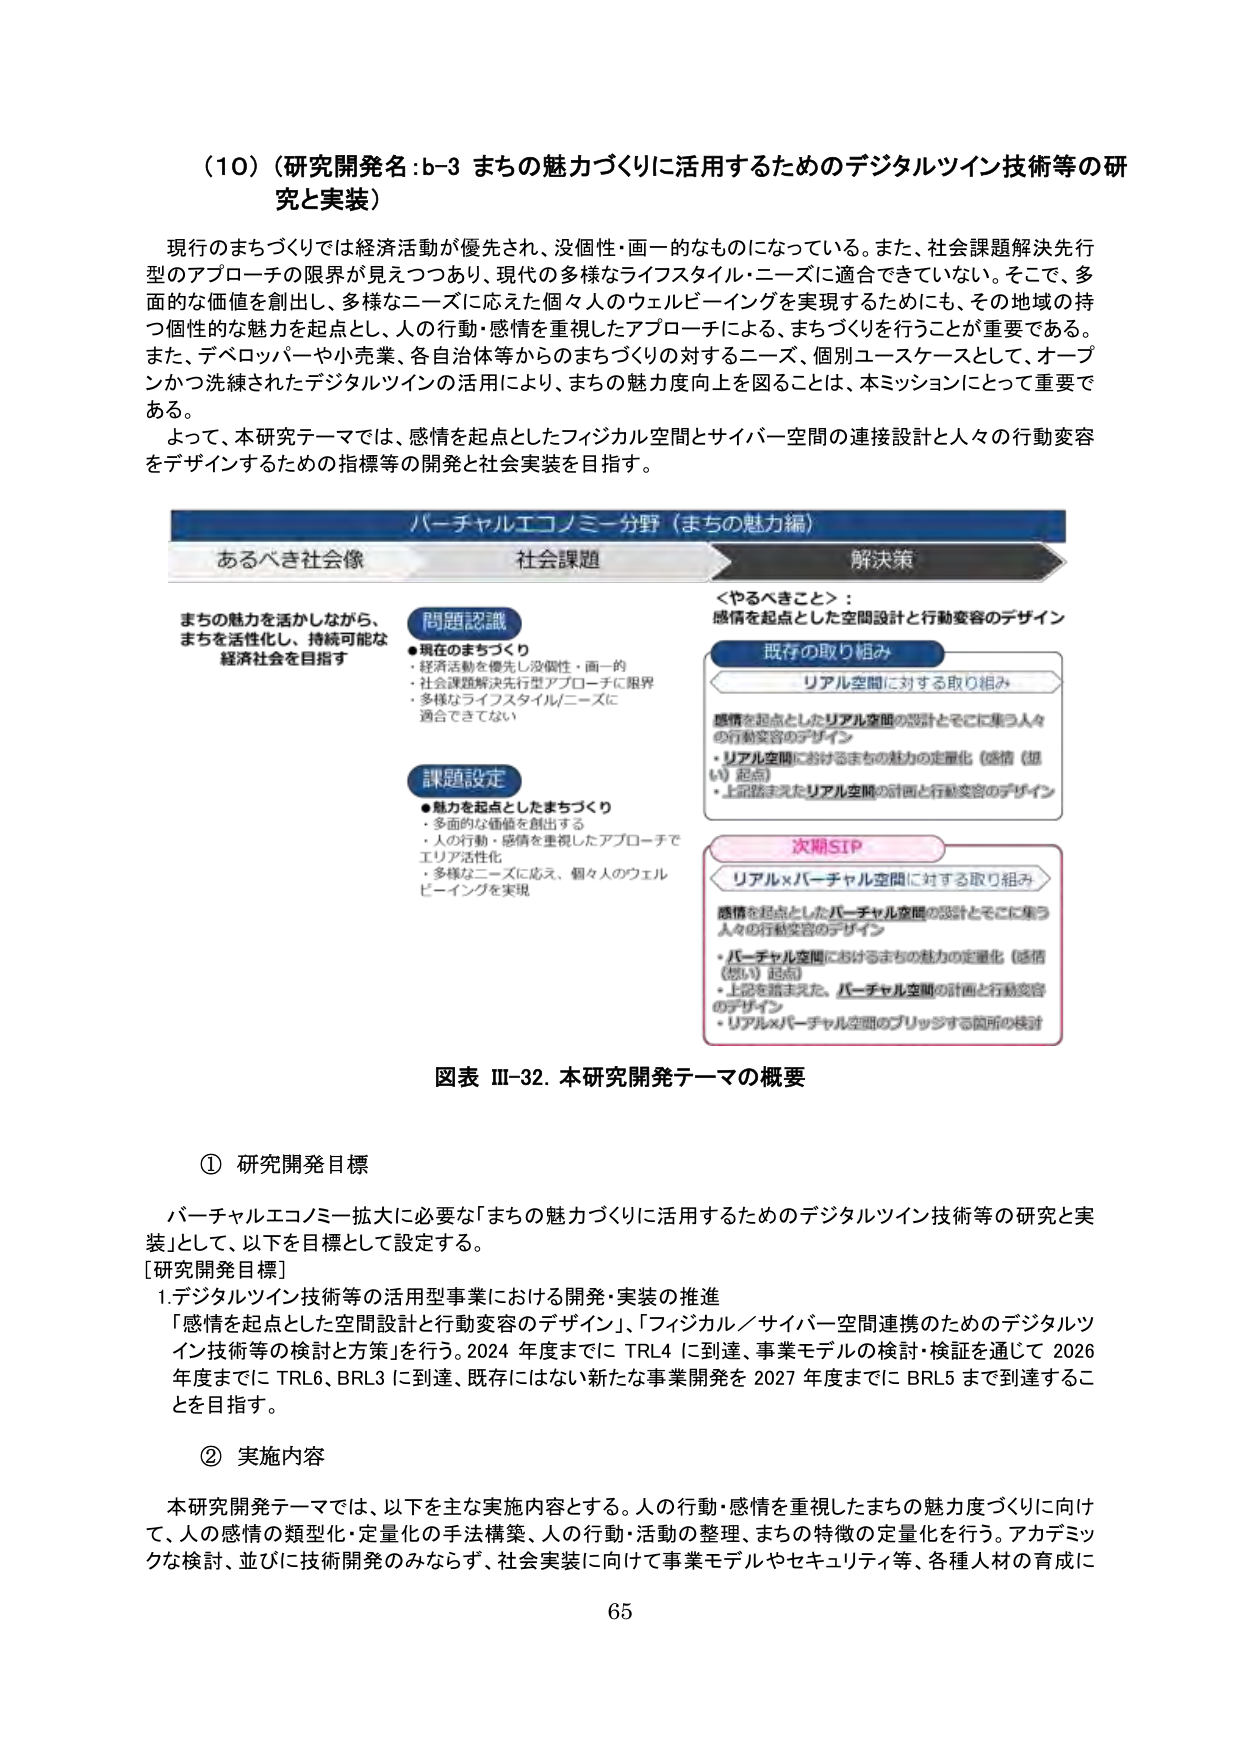
（10）（研究開発名：b-3 まちの魅力づくりに活用するためのデジタルツイン技術等の研究と実装）

現行のまちづくりでは経済活動が優先され、没個性・画一的なものになっている。また、社会課題解決先行型のアプローチの限界が見えつつあり、現代の多様なライフスタイル・ニーズに適合できていない。そこで、多面的な価値を創出し、多様なニーズに応えた個々人のウェルビーイングを実現するためにも、その地域の持つ個性的な魅力を起点とし、人の行動・感情を重視したアプローチによる、まちづくりを行うことが重要である。また、デベロッパーや小売業、各自治体等からのまちづくりに対するニーズ、個別ユースケースとして、オープンかつ洗練されたデジタルツインの活用により、まちの魅力度向上を図ることは、本ミッションにとって重要である。

よって、本研究テーマでは、感情を起点としたフィジカル空間とサイバー空間の接続設計と人々の行動変容をデザインするための指標等の開発と社会実装を目指す。

バーチャルエコノミー分野（まちの魅力編）

あるべき社会像
まちの魅力を活かしながら、
まちを活性化し、持続可能な
経済社会を目指す

問題認識
・現在のまちづくり
・経済活動を優先し没個性・画一的
・社会課題解決先行型アプローチに限界
・多様なライフスタイル/ニーズに
適合できていない

課題設定
・魅力を起点としたまちづくり
・多面的な価値を創出する
・人の行動・感情を重視したアプローチで
エリア活性化
・多様なニーズに応え、個々人のウェル
ビーイングを実現

＜やるべきこと＞：
感情を起点とした空間設計と行動変容のデザイン

既存の取り組み
リアル空間に対する取り組み
感情を起点としたリアル空間の設計とそこに集う人々
の行動変容のデザイン
・リアル空間におけるまちの魅力の定量化（感情（想い）起点）
・上記踏まえたリアル空間の計画と行動変容のデザイン

次期SIP
リアル×バーチャル空間に対する取り組み
感情を起点としたバーチャル空間の設計とそこに集う
人々の行動変容のデザイン
・バーチャル空間におけるまちの魅力の定量化（感情（想い）起点）
・上記を踏まえた、バーチャル空間の計画と行動変容
のデザイン
・リアル×バーチャル空間のブリッジする箇所の検討

図表 III-32. 本研究開発テーマの概要

① 研究開発目標

バーチャルエコノミー拡大に必要な「まちの魅力づくりに活用するためのデジタルツイン技術等の研究と実装」として、以下を目標として設定する。

[研究開発目標]
1. デジタルツイン技術等の活用型事業における開発・実装の推進
「感情を起点とした空間設計と行動変容のデザイン」、「フィジカル／サイバー空間連携のためのデジタルツイン技術等の検討と方策」を行う。2024年度までにTRL4に到達、事業モデルの検討・検証を通じて2026年度までにTRL6、BRL3に到達、既存にはない新たな事業開発を2027年度までにBRL5まで到達することを目指す。

② 実施内容

本研究開発テーマでは、以下を主な実施内容とする。人の行動・感情を重視したまちの魅力度づくりに向けて、人の感情の類型化・定量化の手法構築、人の行動・活動の整理、まちの特徴の定量化を行う。アカデミックな検討、並びに技術開発のみならず、社会実装に向けて事業モデルやセキュリティ等、各種人材の育成に

65